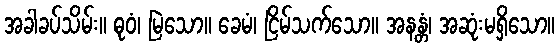
အခါခပ်သိမ်း။ ဓုဝံ၊ မြဲသော။ ခေမံ၊ ငြိမ်သက်သော။ အနန္တံ၊ အဆုံးမရှိသော။